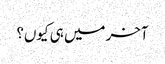
آخر میں ہی کیوں؟